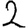
Digit: 2